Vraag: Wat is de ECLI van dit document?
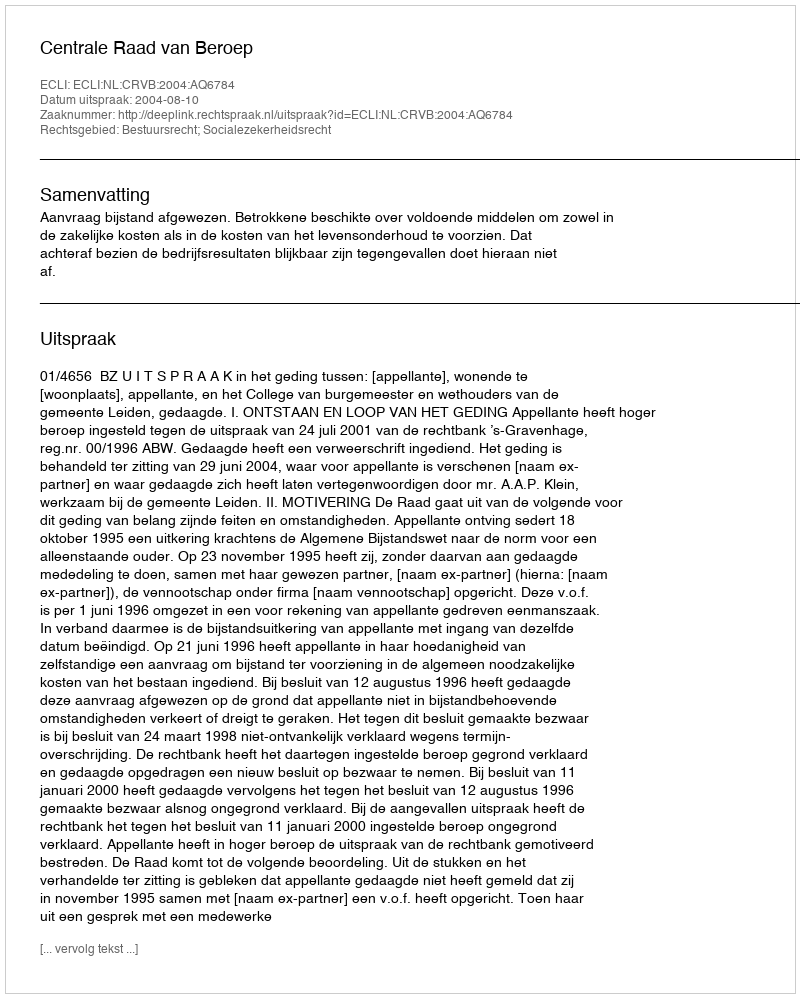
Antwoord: ECLI:NL:CRVB:2004:AQ6784